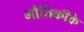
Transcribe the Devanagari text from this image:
भौतिकीके